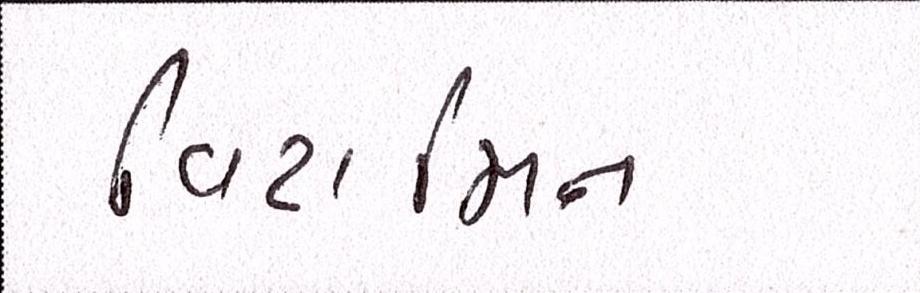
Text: વિટામિન